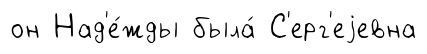
он Над'е́жды была́ С'ерг'еjевна